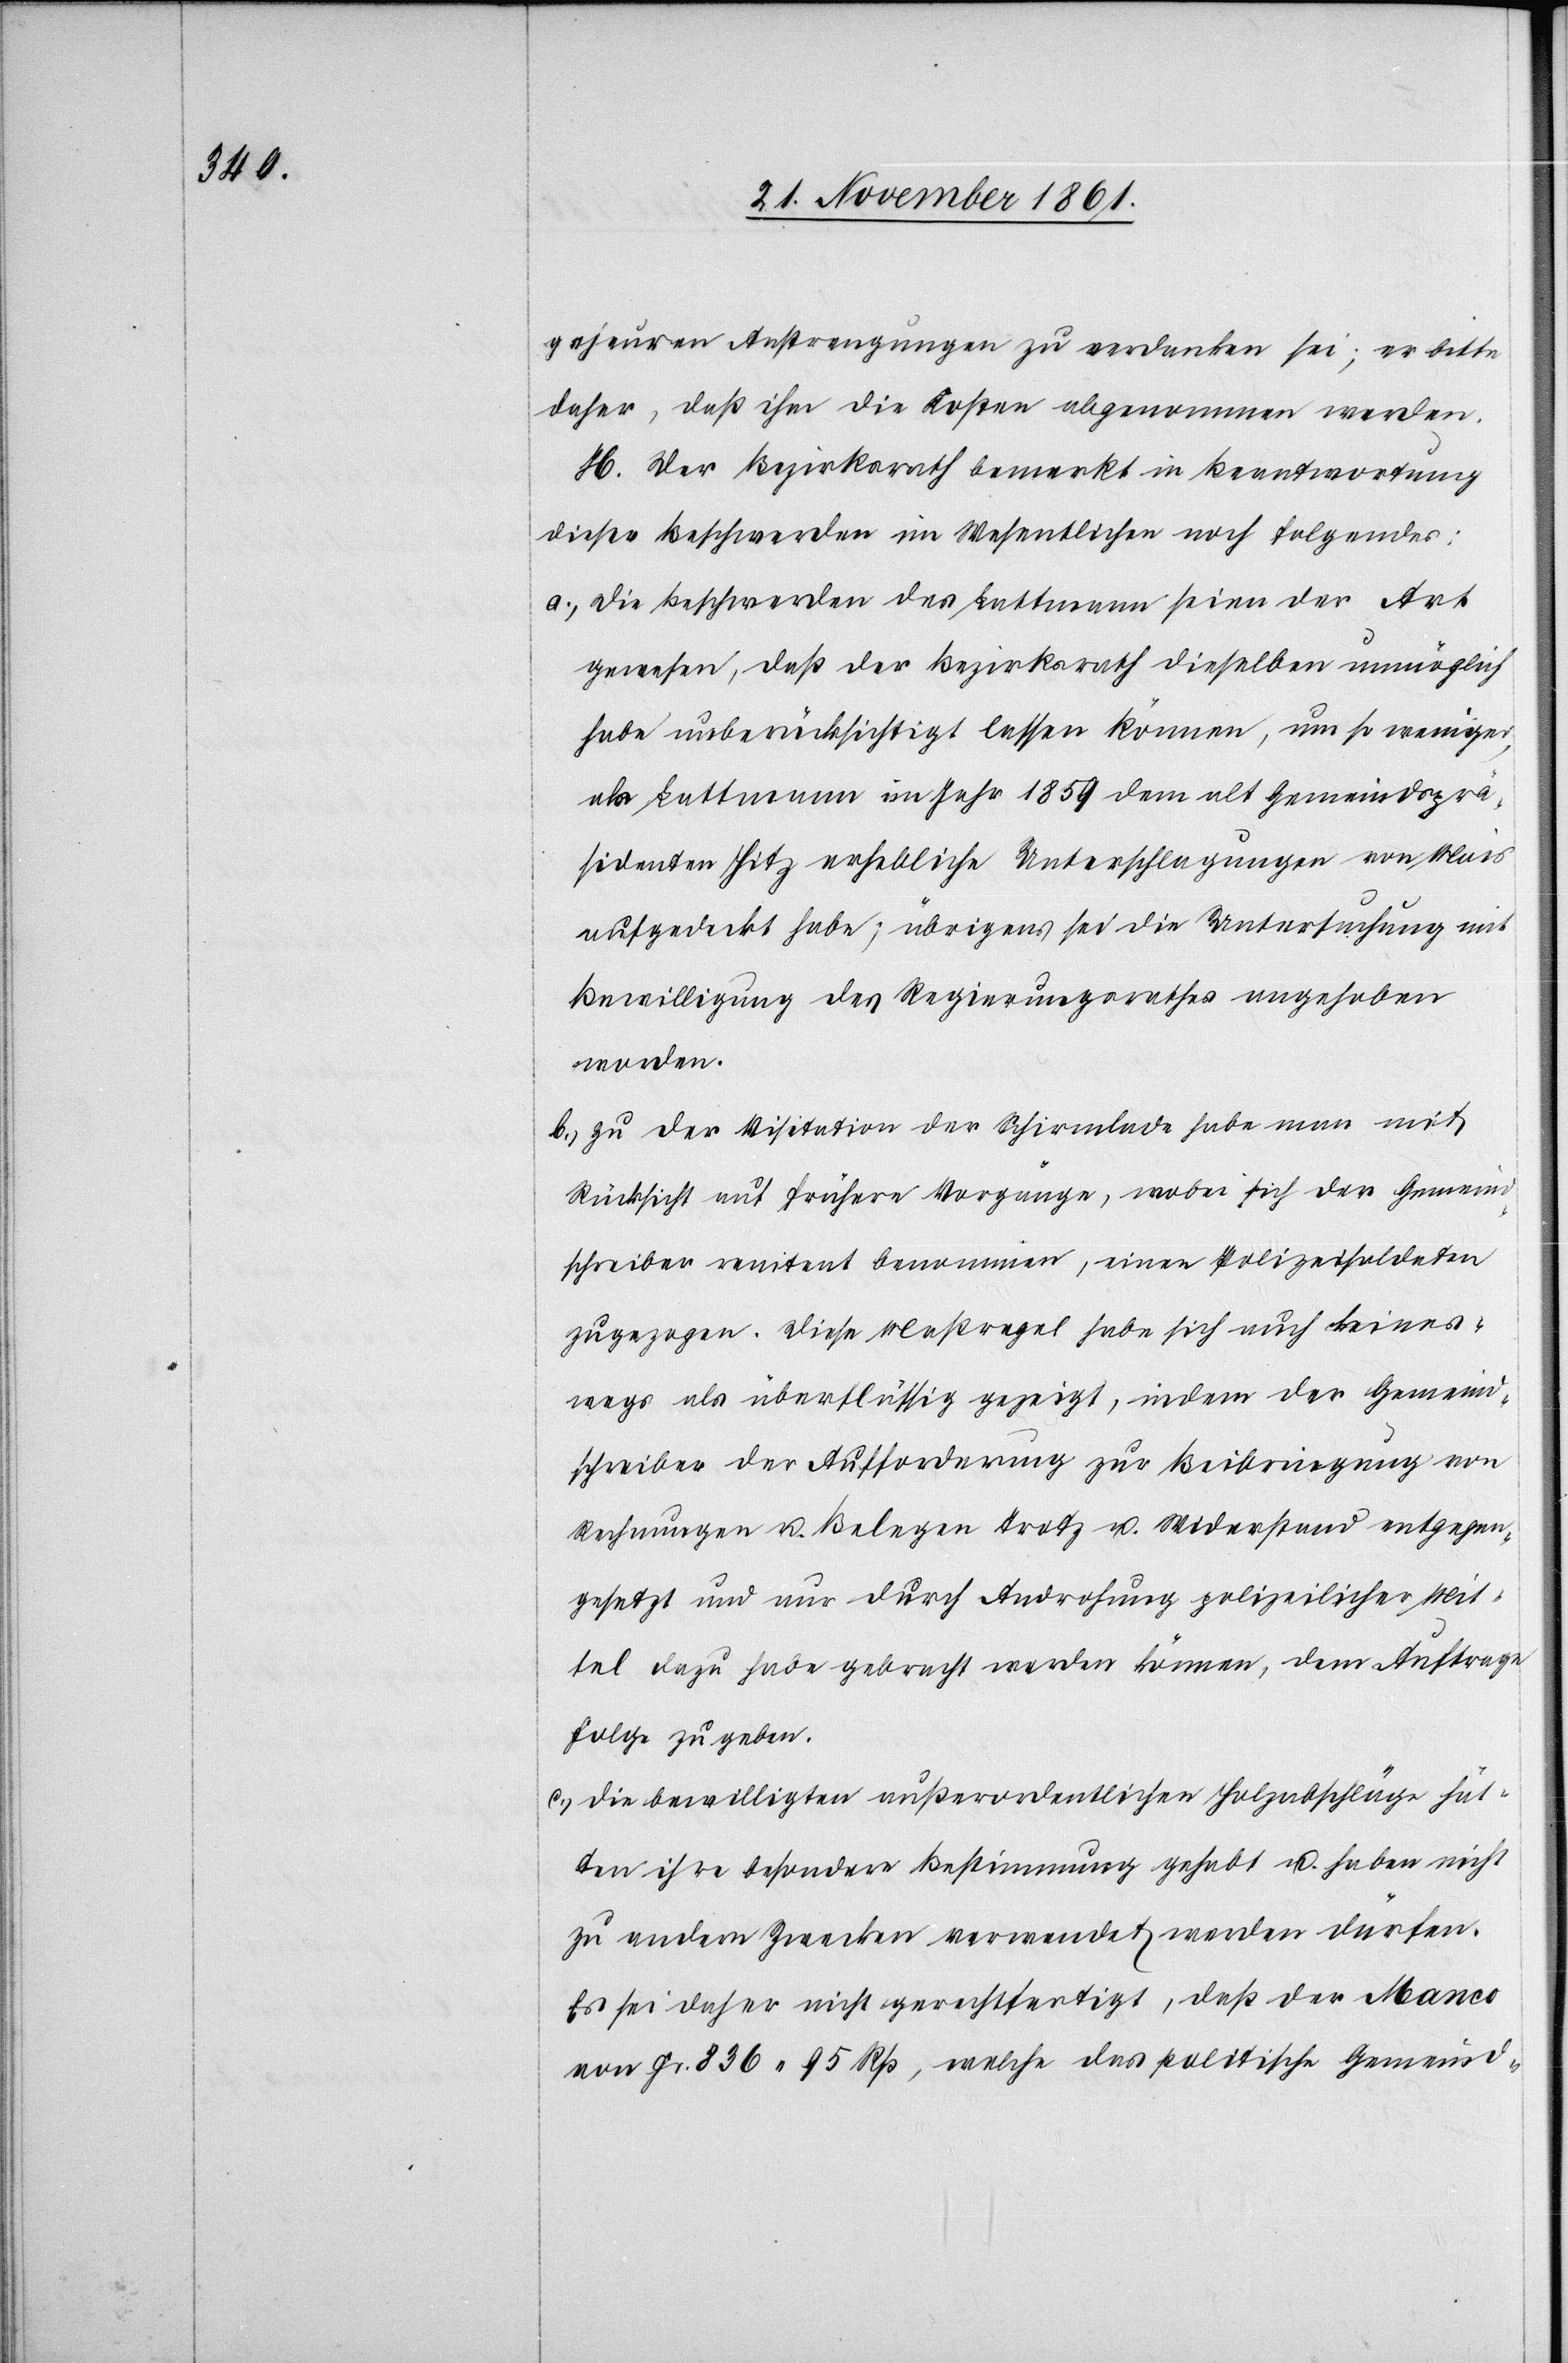
geheuren Anstrengungen zu verdanken sei, er bitte
daher, daß ihm die Kosten abgenommen werden.
H. Der Bezirksrath bemerkt in Beantwortung
dieser Beschwerden im Wesentlichen noch folgendes:
a., die Beschwerden des Lattmann seien der Art
gewesen, daß der Bezirksrath dieselben unmöglich
habe unberücksichtigt lassen können, um so weniger,
als Lattmann im Jahr 1859 dem alt Gemeindsprä¬
sidenten Hitz erhebliche Unterschlagungen von Mais
aufgedeckt habe; übrigens sei die Untersuchung mit
Bewilligung des Regierungsrathes angehoben
worden.
b., zu der Visitation der Schirmlade habe man mit
Rücksicht auf frühere Vorgänge, wobei sich der Gemeind¬
schreiber renitent benommen, einen Polizeisoldaten
zugezogen. Diese Maßregel habe sich auch keines¬
wegs als überflüssig gezeigt, indem der Gemeind¬
schreiber der Aufforderung zur Beibringung von
Rechnungen u. Belegen Trotz u. Widerstand entgegen¬
gesetzt und nur durch Androhung polizeilicher Mit¬
tel dazu habe gebracht werden können, dem Auftrage
Folge zu geben.
c., die bewilligten außerordentlichen Holzabschläge hät¬
ten ihre besondere Bestimmung gehabt u. haben nicht
zu andern Zwecken verwendet werden dürfen.
Es sei daher nicht gerechtfertigt, daß der Manco
von Fr. 836.95 Rp, welche das politische Gemeind-